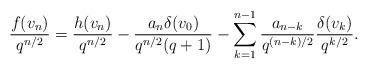
LaTeX: \begin{align*}\frac{f(v_n)}{q^{n/2}}=\frac{h(v_n)}{q^{n/2}}-\frac{a_n\delta(v_0)}{q^{n/2}(q+1)}-\sum_{k=1}^{n-1}\frac{a_{n-k}}{q^{{(n-k)}/2}}\frac{\delta(v_{k})}{q^{k/2}}.\end{align*}